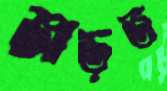
জাড়ত